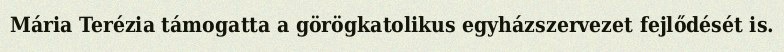
Mária Terézia támogatta a görögkatolikus egyházszervezet fejlődését is.